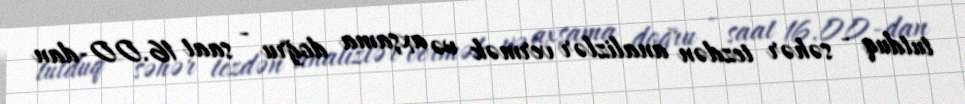
tutduq - səhər tezdən analizlər vermək və axşama doğru - saat 16.00-dan